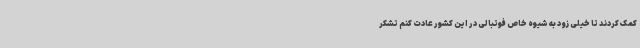
کمک کردند تا خیلی زود به شیوه خاص فوتبالی در این کشور عادت کنم تشکر